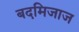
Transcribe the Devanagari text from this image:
बदमिजाज